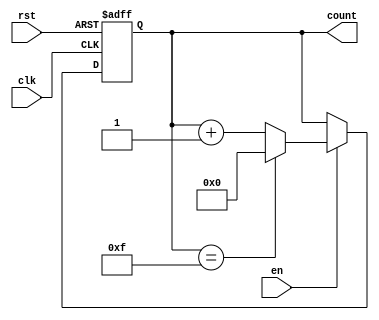
module multi_bit_counter #(
    parameter WIDTH = 4 // Parameterized width of the counter (e.g., 4-bit, 8-bit)
)(
    input wire clk,         // Clock signal
    input wire rst,         // Asynchronous reset signal
    input wire en,          // Enable signal
    output reg [WIDTH-1:0] count // Current count value
);

    // Maximum count value for the specified width
    localparam MAX_COUNT = (1 << WIDTH) - 1;

    // Sequential logic for the counter
    always @(posedge clk or posedge rst) begin
        if (rst) begin
            count <= 0; // Reset the counter to 0
        end else if (en) begin
            if (count == MAX_COUNT) begin
                count <= 0; // Wrap around to zero on overflow
            end else begin
                count <= count + 1; // Increment the counter
            end
        end
    end

endmodule